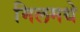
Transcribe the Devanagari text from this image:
मिलमधे